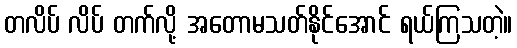
တလိပ် လိပ် တက်လို့ အတောမသတ်နိုင်အောင် ရယ်ကြသတဲ့။